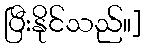
ပြီးနိုင်သည်။]